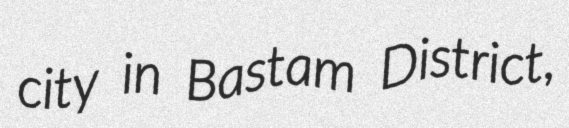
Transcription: city in Bastam District,